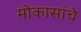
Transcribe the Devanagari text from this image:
मोकासांचे